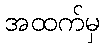
အထက်မှ